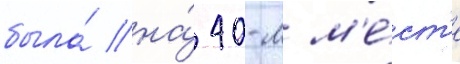
была́ на́ 40-м м'е́ст'е